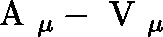
\mathrm { \boldmath ~ A ~ } _ { \mu } - \mathrm { \boldmath ~ V ~ } _ { \mu }